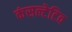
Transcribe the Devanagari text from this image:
कंसल्टेटिव